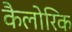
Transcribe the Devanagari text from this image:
कैलोरिक